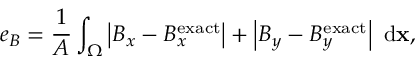
e _ { B } = \frac { 1 } { A } \int _ { \Omega } \left| B _ { x } - B _ { x } ^ { \mathrm { e x a c t } } \right| + \left| B _ { y } - B _ { y } ^ { \mathrm { e x a c t } } \right| \ \mathrm { d } \mathbf { x } ,